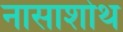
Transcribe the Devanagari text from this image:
नासाशोथ